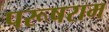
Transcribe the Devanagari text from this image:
परूषराम